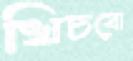
খিচবো